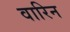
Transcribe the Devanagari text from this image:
वारिन